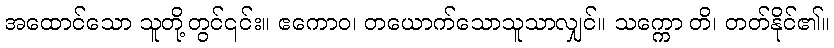
အထောင်သော သူတို့တွင်၎င်း။ ဧကောဝ၊ တယောက်သောသူသာလျှင်။ သက္ကော တိ၊ တတ်နိုင်၏။